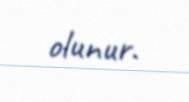
olunur.